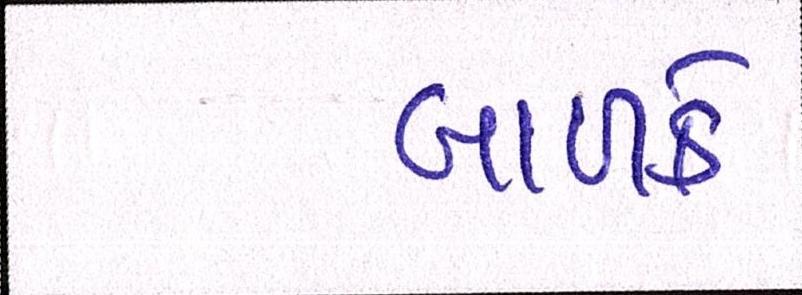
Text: બાળકે